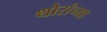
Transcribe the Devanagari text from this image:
थोरांच्या